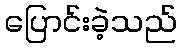
ပြောင်းခဲ့သည်